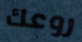
روعك